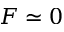
F \simeq 0